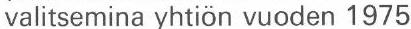
valitsemina yhtiön vuoden 1975